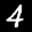
Label: 4